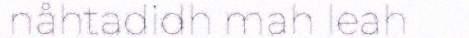
nåhtadidh mah leah